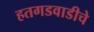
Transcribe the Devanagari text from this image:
हतगडवाडीचे